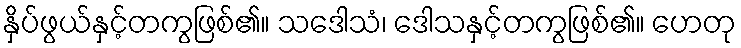
နှိပ်ဖွယ်နှင့်တကွဖြစ်၏။ သဒေါသံ၊ ဒေါသနှင့်တကွဖြစ်၏။ ဟေတု